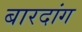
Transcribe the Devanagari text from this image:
बारदांग